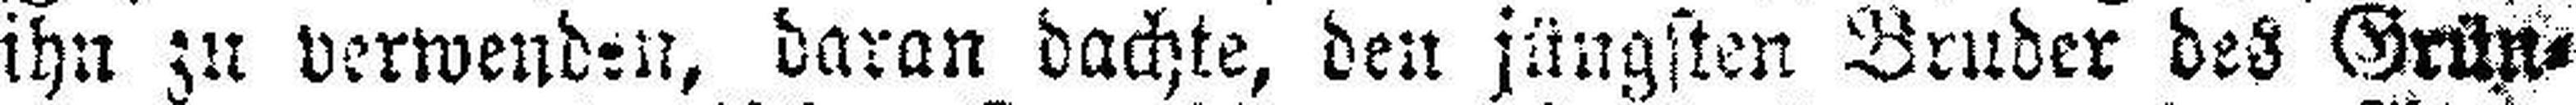
ihn zu verwenden, daran dachte, den jüngsten Bruder des Grün¬